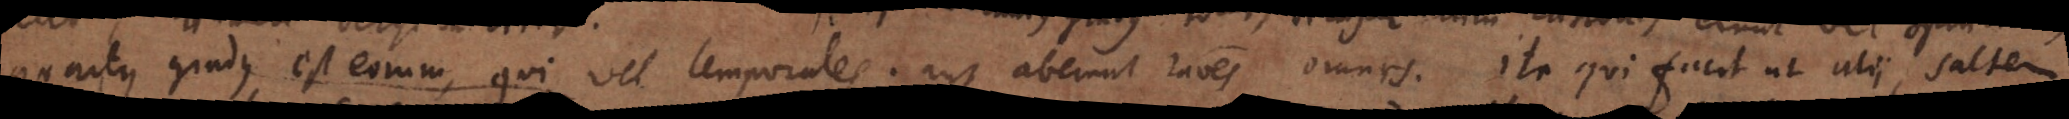
quantus gradus est _ vel temporales, aut aberunt rationes omnes. Ita qui facit ut alii, saltem